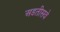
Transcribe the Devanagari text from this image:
अडतीसवे